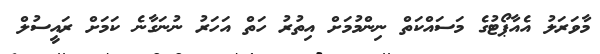
މާވަރަލު އެއާޕޯޓުގެ މަސައްކަތް ނިންމުމަށް އިތުރު ހަތް އަހަރު ނުނަގާނެ ކަމަށް ރައީސުލް